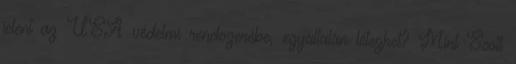
jelent az USA védelmi rendszerébe, egyáltalán létezhet? Mint Scott